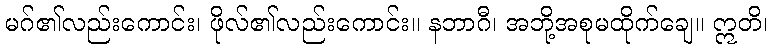
မဂ်၏လည်းကောင်း၊ ဖိုလ်၏လည်းကောင်း။ နဘာဂီ၊ အဘို့အစုမထိုက်ချေ။ ဣတိ၊